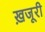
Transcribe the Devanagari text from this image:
ख़जूरी